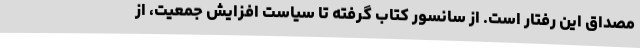
مصداق این رفتار است. از سانسور کتاب گرفته تا سیاست افزایش جمعیت، از